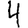
Digit: 4